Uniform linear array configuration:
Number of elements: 16
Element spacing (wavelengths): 0.25
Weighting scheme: hamming
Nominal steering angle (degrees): -30
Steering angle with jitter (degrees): -28.413
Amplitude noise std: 0.05
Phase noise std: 0.05

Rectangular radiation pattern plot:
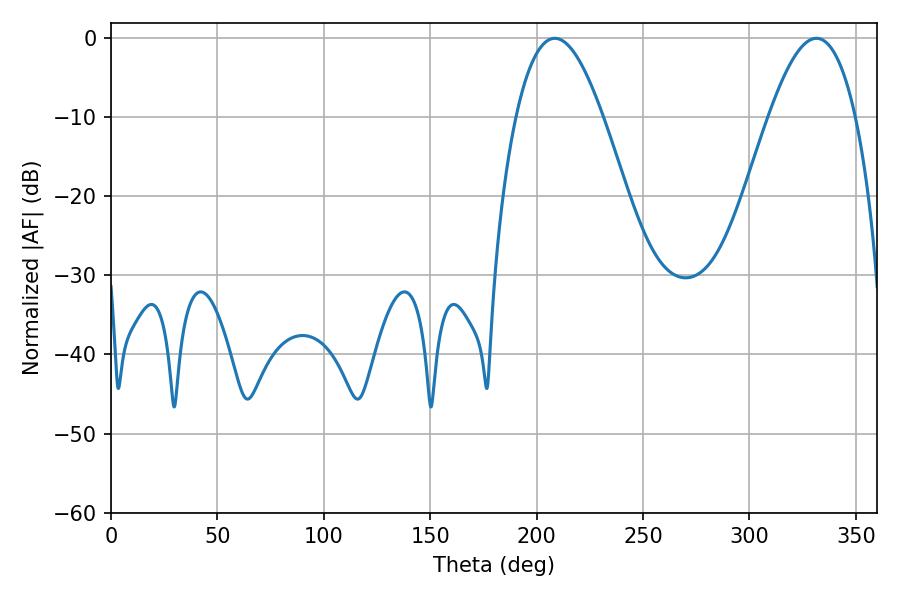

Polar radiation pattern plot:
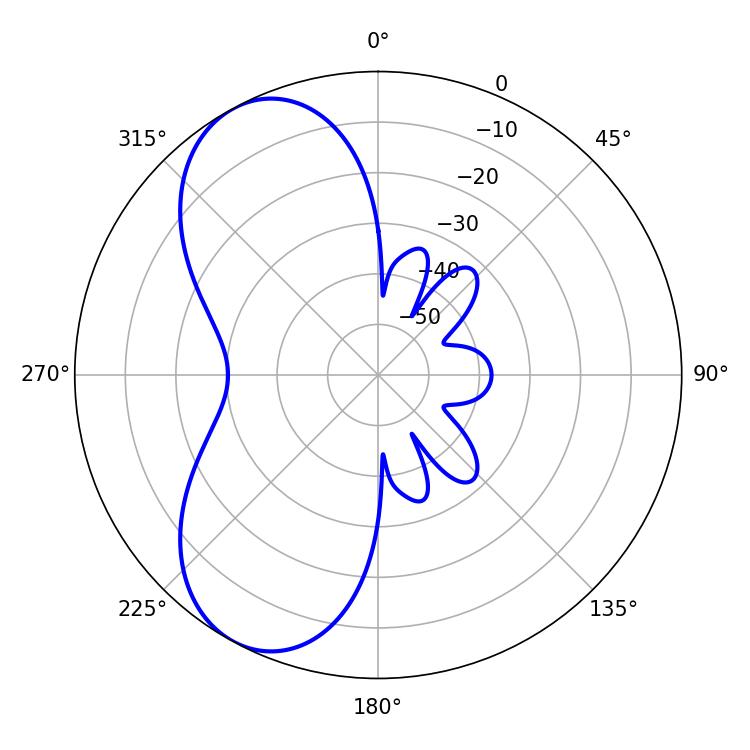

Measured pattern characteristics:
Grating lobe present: FALSE
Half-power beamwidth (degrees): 22.32
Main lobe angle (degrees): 331.56